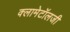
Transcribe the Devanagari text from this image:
क्लामेटॉलजी